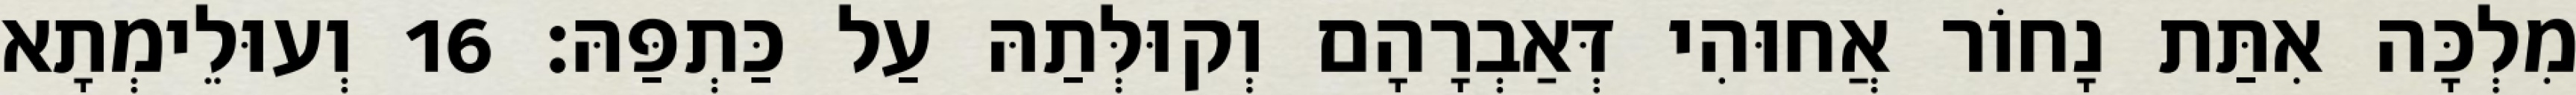
מִלְכָּה אִתַּת נָחוֹר אֲחוּהִי דְּאַבְרָהָם וְקוּלְּתַהּ עַל כַּתְפַּהּ׃ 16 וְעוּלֵימְתָא